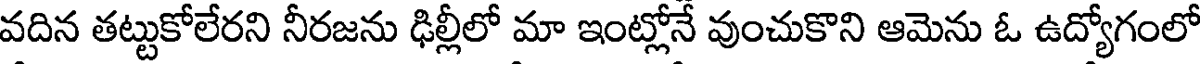
వదిన తట్టుకోలేరని నీరజను ఢిల్లీలో మా ఇంట్లోనే వుంచుకొని ఆమెను ఓ ఉద్యోగంలో